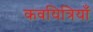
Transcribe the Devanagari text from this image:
कवयित्रियाँ